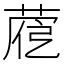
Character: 𦴱